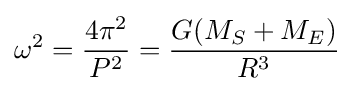
\omega ^{2}={\frac {4\pi ^{2}}{P^{2}}}={\frac {G(M_{S}+M_{E})}{R^{3}}}